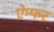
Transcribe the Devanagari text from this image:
ऐम्फर